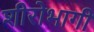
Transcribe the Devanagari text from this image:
शीरोभागी